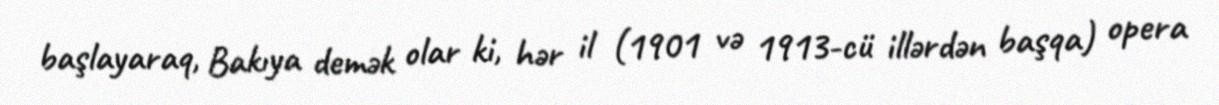
başlayaraq, Bakıya demək olar ki, hər il (1901 və 1913-cü illərdən başqa) opera